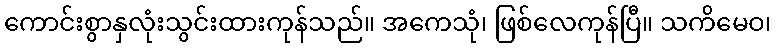
ကောင်းစွာနှလုံးသွင်းထားကုန်သည်။ အကေသုံ၊ ဖြစ်လေကုန်ပြီ။ သကိမေဝ၊